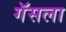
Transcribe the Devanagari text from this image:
गॅसला